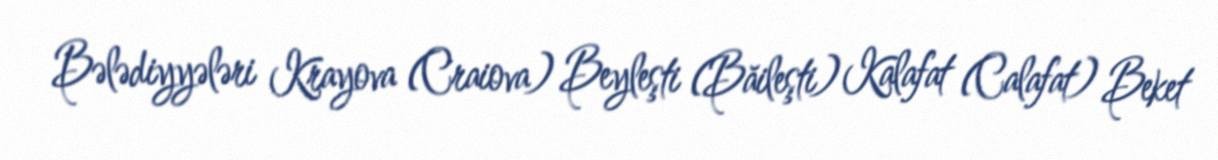
Bələdiyyələri Krayova (Craiova) Beyleşti (Băileşti) Kalafat (Calafat) Beket